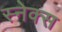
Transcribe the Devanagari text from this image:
स्नेक्स